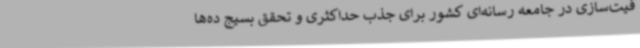
فیت‌سازی در جامعه رسانه‌ای کشور برای جذب حداکثری و تحقق بسیج ده‌ها